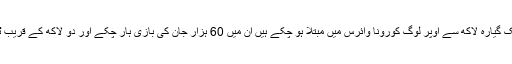
عالمی سطح پر اب تک گیارہ لاکھ سے اوپر لوگ کورونا وائرس میں مبتلا ہو چکے ہیں ان میں 60 ہزار جان کی بازی ہار چکے اور دو لاکھ کے قریب ٹھیک بھی ہوئے ہیں۔